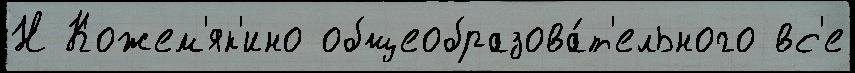
Н Кожем'як'ино общеобразова́т'ельного вс'е